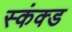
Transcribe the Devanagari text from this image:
स्कंक्ड